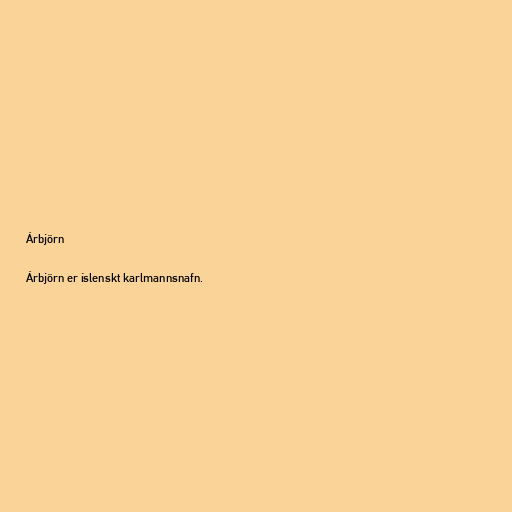
Árbjörn

Árbjörn er íslenskt karlmannsnafn.